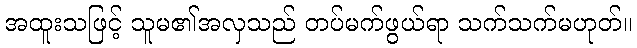
အထူးသဖြင့် သူမ၏အလှသည် တပ်မက်ဖွယ်ရာ သက်သက်မဟုတ်။